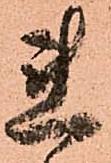
連